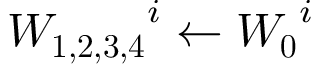
\boldsymbol { W _ { 1 , 2 , 3 , 4 } } ^ { i } \leftarrow \boldsymbol { W _ { 0 } } ^ { i }